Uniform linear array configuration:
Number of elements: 32
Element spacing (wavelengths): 1
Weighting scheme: blackman
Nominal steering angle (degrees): -15
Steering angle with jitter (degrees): -16.572
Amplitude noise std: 0.05
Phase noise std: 0.05

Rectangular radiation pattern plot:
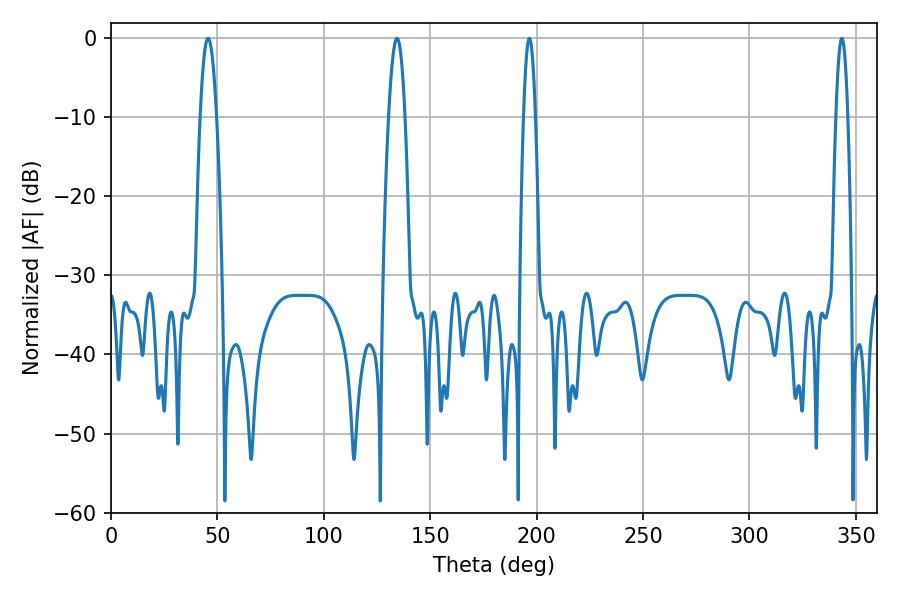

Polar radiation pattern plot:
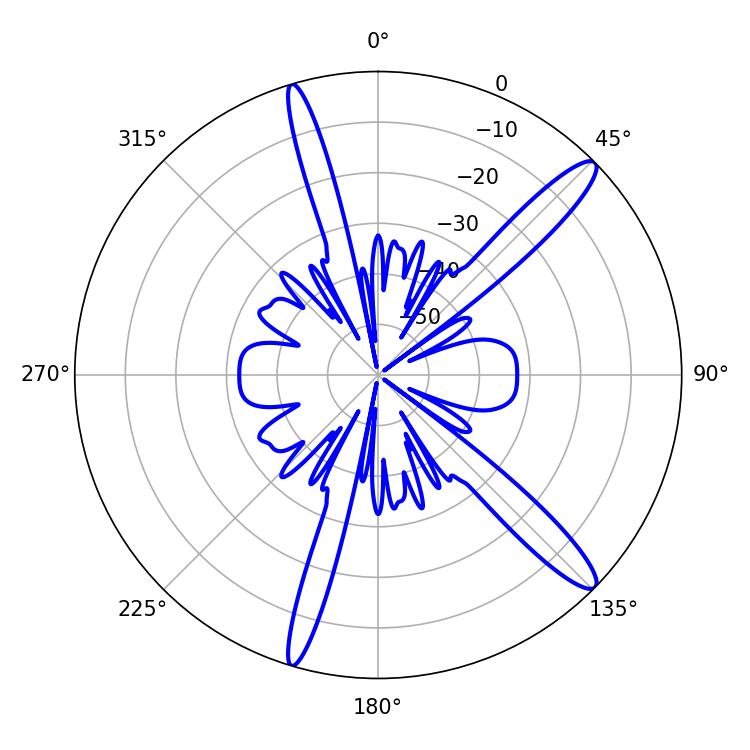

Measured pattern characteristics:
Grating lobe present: TRUE
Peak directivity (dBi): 13.917
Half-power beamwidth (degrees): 3.06
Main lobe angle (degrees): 196.56